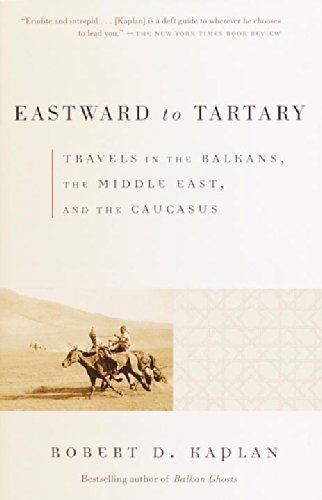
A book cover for Eastward to Tartary: Travels in the Balkans, the Middle East, and the Caucasus; Robert D. Kaplan; Travel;